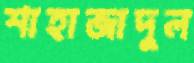
শাহাজাদুল